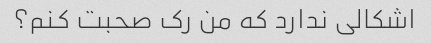
اشکالی ندارد که من رک صحبت کنم؟